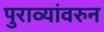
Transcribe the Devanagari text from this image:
पुराव्यांवरुन